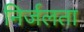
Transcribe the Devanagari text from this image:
निर्जलता